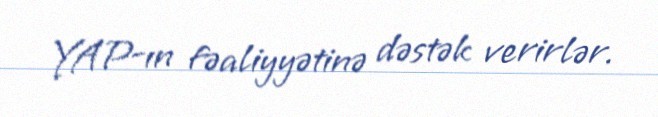
YAP-ın fəaliyyətinə dəstək verirlər.